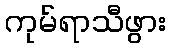
ကုမ်ရာသီဖွား